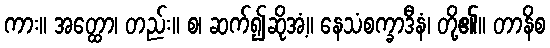
ကား။ အတ္ထော၊ တည်း။ စ၊ ဆက်၍ဆိုအံ့။ နေသံစက္ခာဒီနံ၊ တို့၏။ တာနိစ